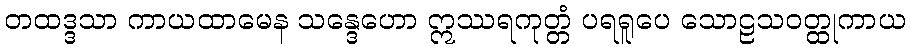
တထဒ္ဒသာ ကာယထာမေန သန္ဒေဟော ဣဿရကုတ္တံ ပရရူပေ သောဠသဝတ္ထုကာယ